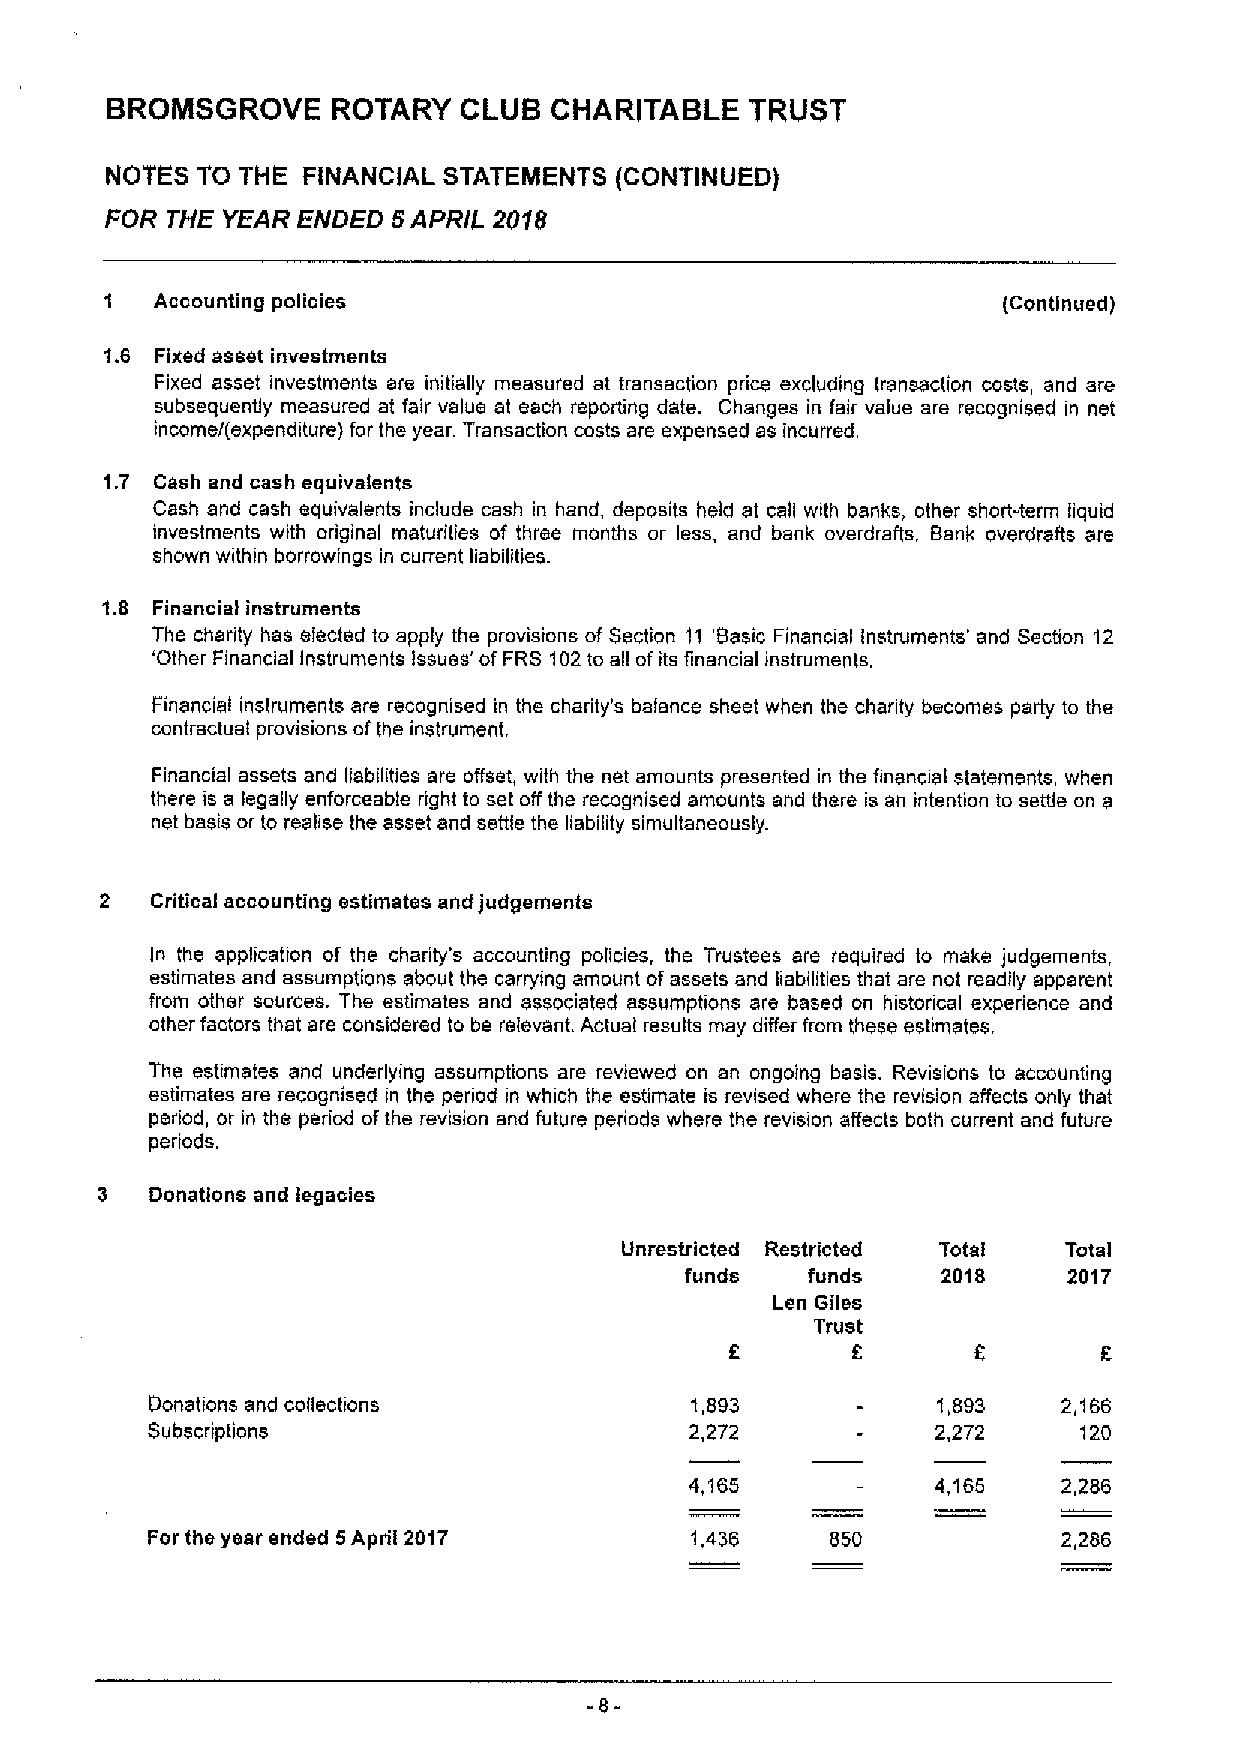
BROIIIISGROVE  ROTARY  CLUB  CHARITABLE    TRUST
 NOTES TO THE FINANCIAL STATEMENTS (CONTINUED)
 FOR THE YEAR ENDED 5APRIL 2018
 1  Accounting policies                                     (Continued)
 1.6 Fixed asset investments
 Fixed asset investments ere initially measured at transaction price excluding transaction costs, and are
 subsequently measured at fair value at each reporting date. Changes in fair value are recognised in net
 income/(expenditure) for the year. Transaction costs are expensed as incurred.
 1.7 Cash and cash equivalents
 Cash and cash equivalents include cash in hand, deposits held at call with banks, other short-term liquid
 investments with original maturities of three months or less, and bank overdrafts, Bank overdrafts are
 shown within borrowings in current liabilities.
 1.8 Financial instruments
 The charity has elected to apply the provisions of Section 11 'Sasic Financial Instruments' and Section 12
 'Other Financial Instruments Issues' ofFRS 102to all ofits financial instruments.
 Financial instruments are recognised in the charity's balance sheet when the charity becomes party to the
 contractual provisions ofthe instrument.
 Financial assets and liabilities are offset, with the net amounts presented in the financial statements, when
 there is a legally enforceable right to set off the recognised amounts and there is an intention to settle on a
 net basis or to realise the asset and settle the liability simultaneously.
 2  Critical accounting estimates and Judgements
 In the application of the charity's accounting policies, the Trustees are required to make judgements,
 estimates and assumptions about the carrying amount ofassets and liabilities that are not readily apparent
 from other sources. The estimates and associated assumptions are based on histoncal experience and
 other factors that are considered to be relevant. Actual results may differ from these estimates,
 The estimates and underlying assumptions are reviewed on an ongoing basis. Revisions to accounting
 estimates are recognised in the period in which the estimate is revised where the revision affects only that
 period, or in the period ofthe revision and future periods where the revision affects both current and future
 periods.
 3   Donations and legacies
 Unrestricted Restricted Total Total
 funds   funds    2018     2017
 Len Giles
 Trust
 f
 Donations and collections           1,893           1,893   2,166
 Subscriptions                       2,272           2,272     120
 4,165           4,165   2,286
 For the year ended 5April 2017      1,436    850            2,286